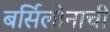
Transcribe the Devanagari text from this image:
बर्सिलोनाची